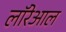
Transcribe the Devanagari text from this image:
लॉरेआल